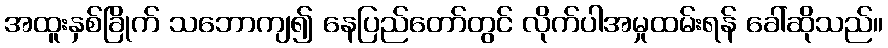
အထူးနှစ်ခြိုက် သဘောကျ၍ နေပြည်တော်တွင် လိုက်ပါအမှုထမ်းရန် ခေါ်ဆိုသည်။